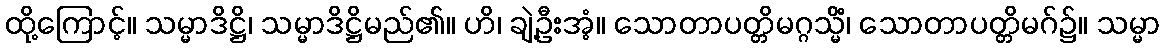
ထို့ကြောင့်။ သမ္မာဒိဋ္ဌိ၊ သမ္မာဒိဋ္ဌိမည်၏။ ဟိ၊ ချဲ့ဦးအံ့။ သောတာပတ္တိမဂ္ဂသ္မိံ၊ သောတာပတ္တိမဂ်၌။ သမ္မာ